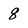
Character: 8